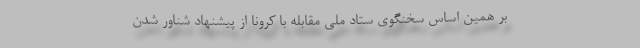
بر همین اساس سخنگوی ستاد ملی مقابله با کرونا از پیشنهاد شناور شدن